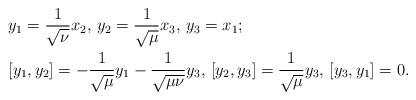
\begin{align*}&y_1=\frac{1}{\sqrt{\nu}}x_2, \, y_2=\frac{1}{\sqrt{\mu}}x_3, \, y_3=x_1;\\ &[y_1,y_2]=- \frac{1}{\sqrt{\mu}}y_1 -\frac{1}{\sqrt{\mu\nu}}y_3, \,[y_2,y_3]= \frac{1}{\sqrt{\mu}}y_3, \,[y_3,y_1]= 0.\end{align*}